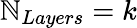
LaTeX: \mathbb{N}_{Layers}=k